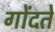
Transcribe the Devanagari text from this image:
गोंदते